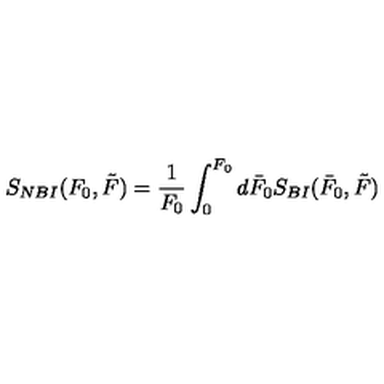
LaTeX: S _ { N B I } ( F _ { 0 } , \tilde { F } ) = \frac { 1 } { F _ { 0 } } \int _ { 0 } ^ { F _ { 0 } } d \bar { F } _ { 0 } S _ { B I } ( \bar { F } _ { 0 } , \tilde { F } )